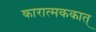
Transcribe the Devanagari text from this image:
कारात्मककात्‌